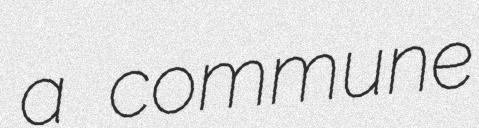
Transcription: a commune